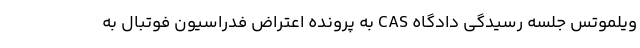
ویلموتس جلسه رسیدگی دادگاه CAS به پرونده اعتراض فدراسیون فوتبال به